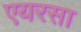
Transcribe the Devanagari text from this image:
एयरसा